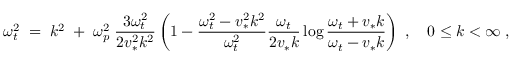
{ \omega _ { t } ^ { 2 } \; = \; k ^ { 2 } \; + \; \omega _ { p } ^ { 2 } \; { \frac { 3 \omega _ { t } ^ { 2 } } { 2 v _ { * } ^ { 2 } k ^ { 2 } } } \left( 1 - { \frac { \omega _ { t } ^ { 2 } - v _ { * } ^ { 2 } k ^ { 2 } } { \omega _ { t } ^ { 2 } } } { \frac { \omega _ { t } } { 2 v _ { * } k } } \log { \frac { \omega _ { t } + v _ { * } k } { \omega _ { t } - v _ { * } k } } \right) \; , \quad 0 \leq k < \infty \; , }